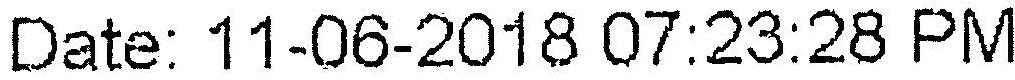
DATE: 11-06-2018 07:23:28 PM